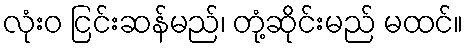
လုံးဝ ငြင်းဆန်မည်၊ တုံ့ဆိုင်းမည် မထင်။